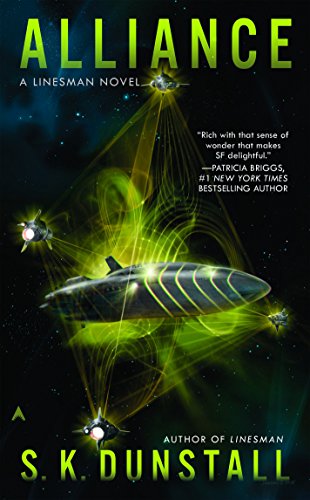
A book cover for Alliance: A Linesman Novel; S. K. Dunstall; Science Fiction & Fantasy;